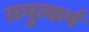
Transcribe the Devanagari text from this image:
समुत्कर्ष